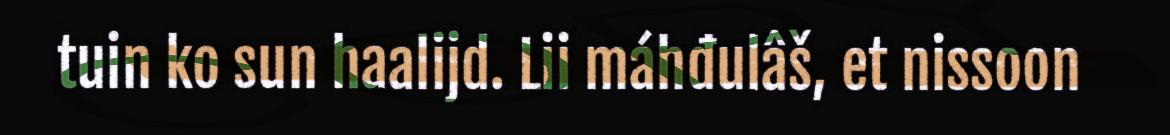
tuin ko sun haalijd. Lii máhđulâš, et nissoon